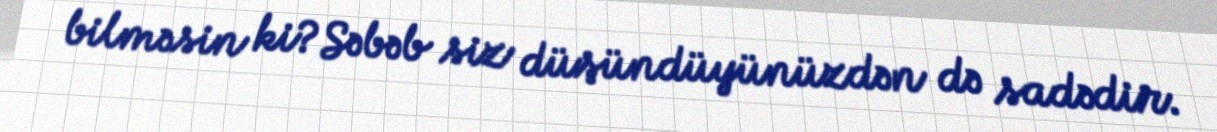
bilməsin ki?Səbəb siz düşündüyünüzdən də sadədir.